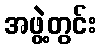
အဖွဲ့တွင်း